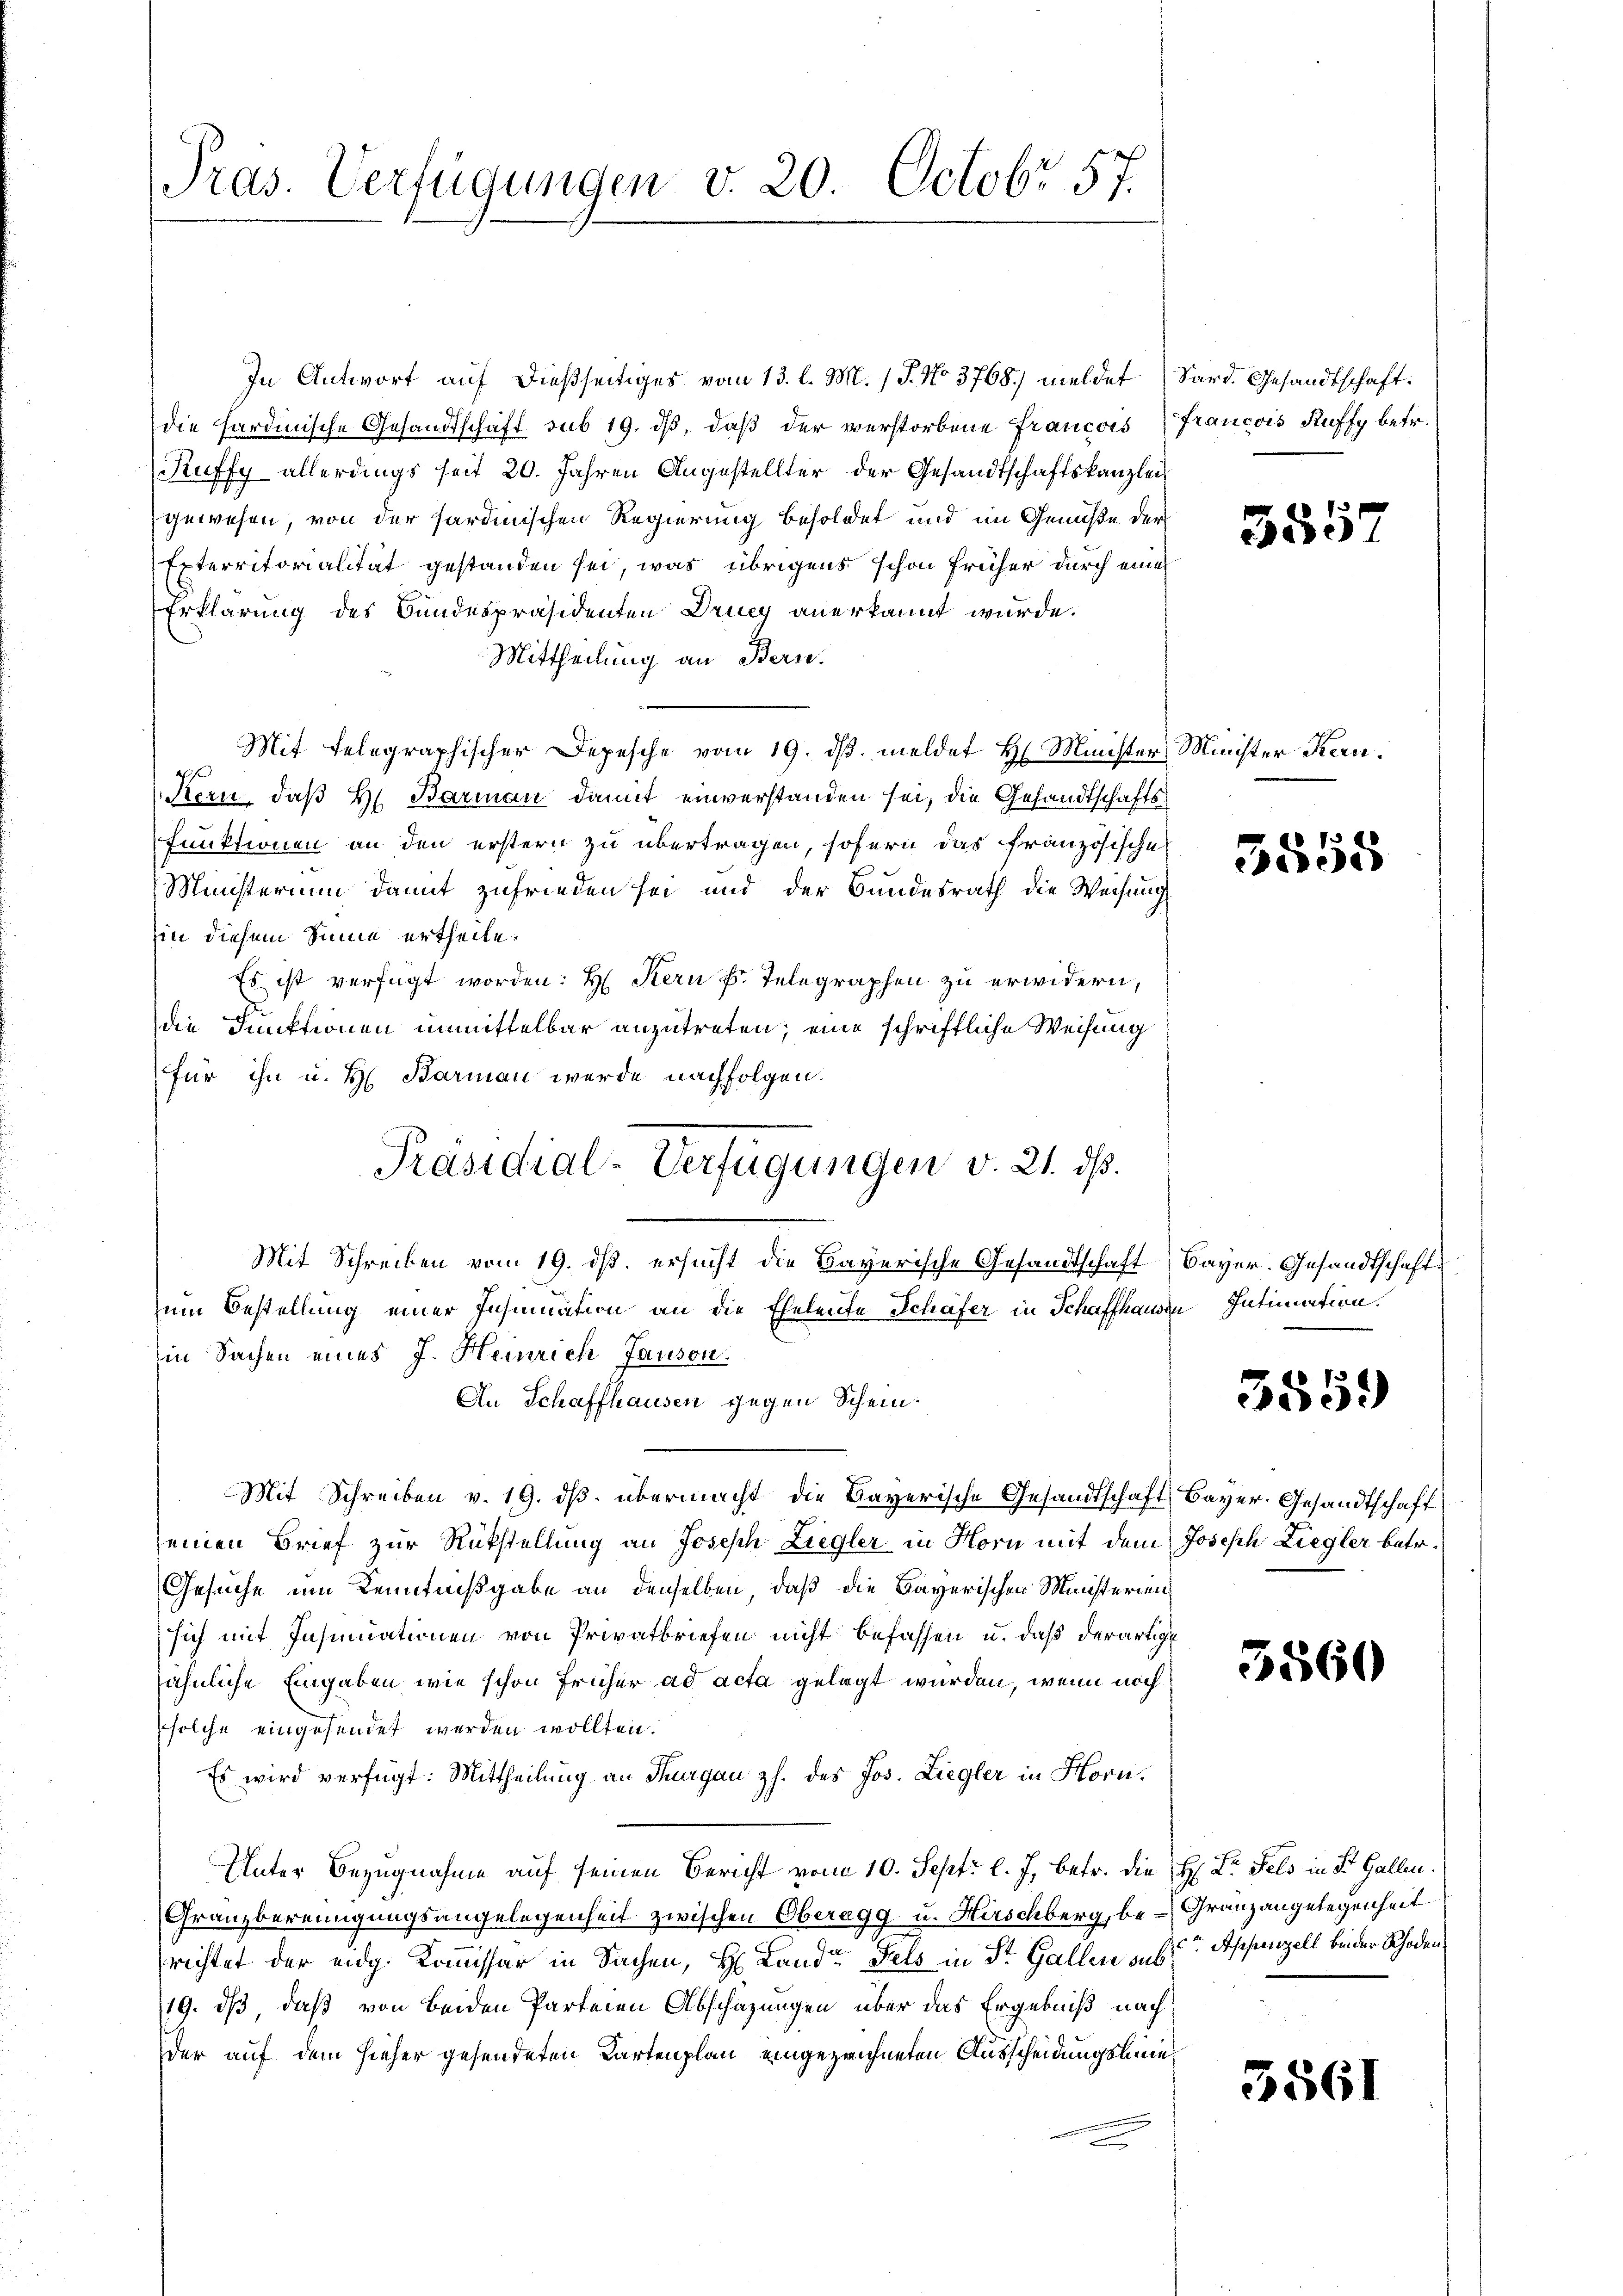
Pras. Verfügungen v. 20. Octobr 57.

In Antwort auf dießseitiges vom 13. l. M. (T. No 3768) meldet Sard. Gesandtschaft:
die hardinische Gesandtschaft sub 19. dβ, daß der verstorbene Francois
Ruffy allerdings seit 20. Jahren Angestellter der Gesandtschaftskanzlei
gewesen, von der sardinischen Regierung besoldet und im Genüße der
Exterritorialität gestanden sei, was übrigens schon früher durch einer
Erklärung des Bundespräsidenten Drucy anerkannt wurde.
Mittheilung an Bern.
Mit telegraphischer Depesche vom 19. dβ. meldet H. Minister Minister Kern.
Kern, daß H. Barmann damit einverstanden sei, die Gesandtschafts¬
Funktionen an den erstern zu übertragen, sofern das französische
Ministerium damit zufrieden sei und der Bundesrath die Weisung
hin diesem Sinne ertheile.
Es ist verfügt worden: H. Kern Fr. Telegraphen zu erwidern,
die Funktionen unmittelbar anzutreten; eine schriftliche Weisung
für ihn u. H. Barman werde nachfolgen.
Mit Schreiben vom 19. ds. ersucht die Bayerische Gesandtschaft
zum Bestellung einer Insinuation an die Eheleute Schäfer in Schaffhausen Intimation.
in Sachen eines J. Heinrich Janson.
An Schaffhausen gegen Schein.
Mit Schreiben v. 19. ds. übermacht die Bayerische Gesandtschaft Bayer. Gesandtschaft
seinen Brief zur Rükstellung an Joseph Liegler in Horn mit dem
Gesuche um Kenntnißgabe an denselben, daß die Bayerischen Ministerien
sich mit Insinuationen von Privatbriefen nicht befassen u. daß derartige
sähnliche Eingaben wie schon früher ad acta gelegt wurden, wenn noch
solche eingesendet werden wollten.
Es wird verfügt: Mittheilung an Thurgau zs. des Jos. Liegler in Horn.
Unter Bezugnahme auf seinen Bericht vom 10. Sept. l. J. betr. die H: Dr. Fels in St. Gallen.
Granzbereinigungsangelegenheit zwischen Oberagg- u. Hirschberg, be-Granz angelegenheit
richtet der eidg. Kommissär in Sachen, H. Land- Fels in St. Gallen aus Appenzell beider Rhoden¬
19. dß, daß von beiden Partenen Abschazungen über das Ergebniß nachder auf dem hieher gesendeten Kartenplan eingezeichneten Ausscheidungsbei¬

Präsidial-Verfügungen v. 21. ds.

Francois Ruffy betr.

5557

3855

Bayer. Gesandtschafts

355.

Joseph Liegler betr.

3560

5561